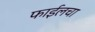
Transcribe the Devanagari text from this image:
फाईलचा